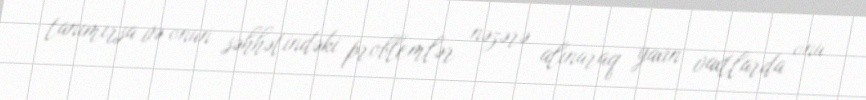
tanımırsa və onun səhhətindəki problemlər nəzərə alınaraq yaxın vaxtlarda onu